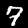
Label: 7